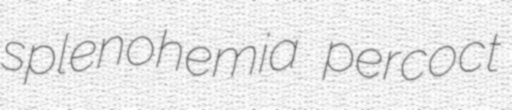
splenohemia percoct